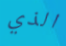
الذي